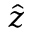
\hat { z }